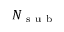
N _ { \mathrm { ~ s ~ u ~ b ~ } }